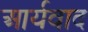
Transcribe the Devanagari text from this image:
आर्यवाद